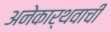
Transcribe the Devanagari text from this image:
अनेकार्थवाची